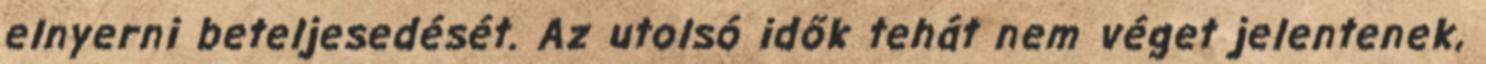
elnyerni beteljesedését. Az utolsó idők tehát nem véget jelentenek,